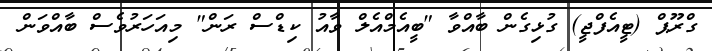
ގްރޫޕް (ޓީއެފްޖީ) ގުޅިގެން ބާއްވާ "ބީއެމްއެލް ވާއު ކިޑްސް ރަން" މިއަހަރުވެސް ބާއްވަން